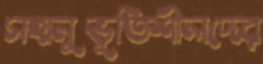
সহানুভূতিশীলদের